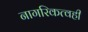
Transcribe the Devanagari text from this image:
नागरिकत्वही